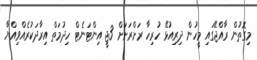
މިގޮތުން ރާއްޖޭގައި މީހުން ދިރިއުޅޭ ހުރިހާ ރަށްރަށަށް 3ޖީ އިންޓަނެޓް ހިދުމަތް އިރާދަކުރެއްވިއްޔާ